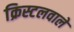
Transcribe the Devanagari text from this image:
क्रिस्टलवाले